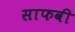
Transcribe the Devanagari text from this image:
साफवी